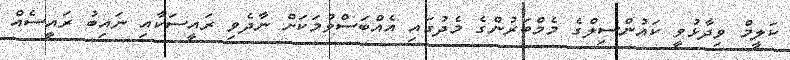
ކަލީމް ވިދާޅުވީ ކައުންސިލްގެ މެމްބަރުންގެ މެދުގައި އެއްބަސްވުމަކަށް ނާދެވި ރައީސަކާއި ނައިބު ރައީސެއް